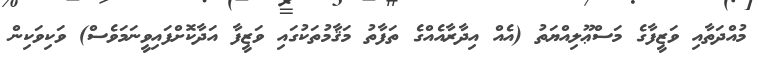
މުއްދަތާއި ވަޒީފާގެ މަސްޢޫލިއްޔަތު (އެއް އިދާރާއެއްގެ ތަފާތު މަޤާމުތަކުގައި ވަޒީފާ އަދާކޮށްފައިވީނަމަވެސް) ވަކިވަކިން